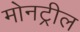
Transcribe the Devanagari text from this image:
मोनट्रील